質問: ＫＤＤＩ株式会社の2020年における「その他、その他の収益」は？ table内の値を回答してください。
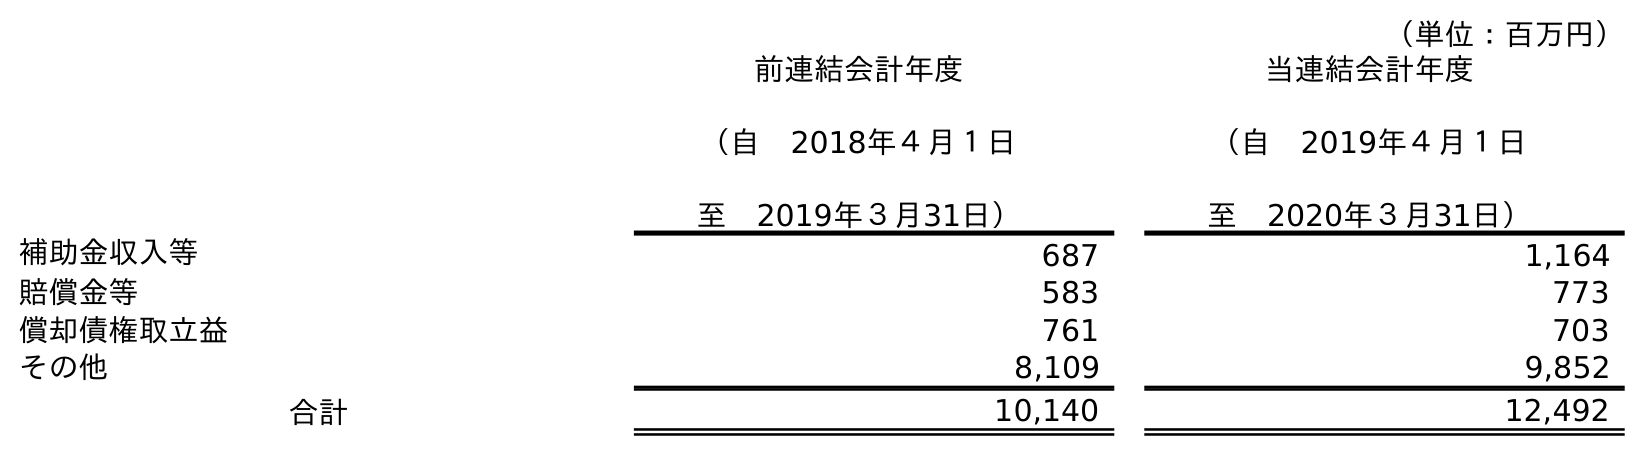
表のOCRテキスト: （単位：百万円） 前連結会計年度 （自 2018年４月１日 至 2019年３月31日） 当連結会計年度 （自 2019年４月１日 至 2020年３月31日） 補助金収入等 687 1,164 賠償金等 583 773 償却債権取立益 761 703 その他 8,109 9,852 合計 10,140 12,492
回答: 9,852